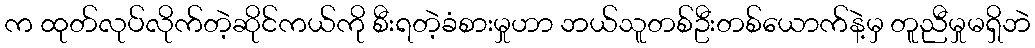
က ထုတ်လုပ်လိုက်တဲ့ဆိုင်ကယ်ကို စီးရတဲ့ခံစားမှုဟာ ဘယ်သူတစ်ဦးတစ်ယောက်နဲ့မှ တူညီမှုမရှိဘဲ